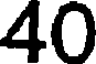
40